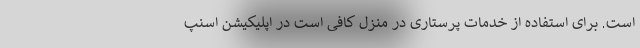
است. برای استفاده از خدمات پرستاری در منزل کافی است در اپلیکیشن اسنپ